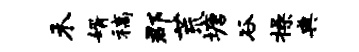
禾婿稿郡荒塘谷操典